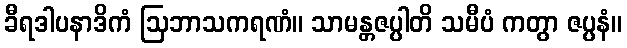
ခီရဒါပနာဒိကံ ဩဘာသကရဏံ။ သာမန္တဇပ္ပါတိ သမီပံ ကတွာ ဇပ္ပနံ။